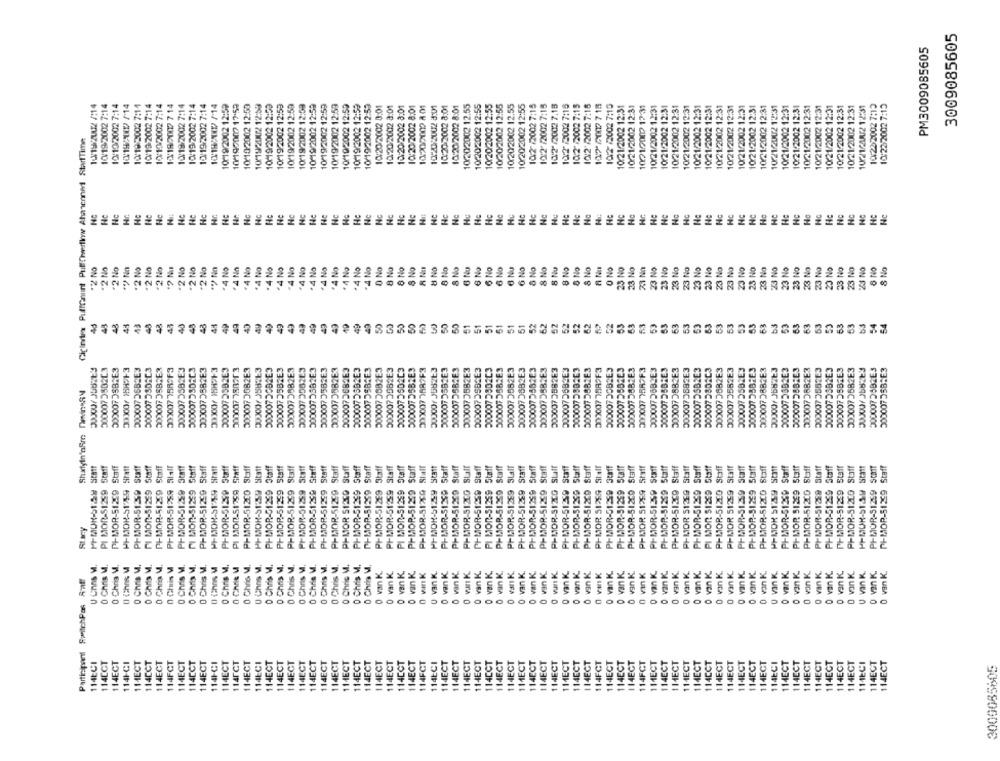
3009085605
PM3009085605
1:15/2002 /14
10/19/2002 7:14
10/10/2002 7:14
10/19/XD /14
10/19/2002 7:11
10/19/2002 7:14
10/10/2002 7:14
12/19/2007 7 14
10/19/2002 7:14
10:19/2002 7:14
15/19/2:002 7:14
10/18/XXD /14
10/19/2002 12:59
10190009 17:59
10/10/2002 12:59
10/19/2002 12:59
10/19/2002 12:59
10/19/2002 12:59
10/19/2002 12:59
10/19/2002 12:59
10-19/2002 12:59
10/19/2002 12:59
10 19/2002 12:59
10/19/2002 12:52
10-19/2002 12:52
10/19/2002 12:59
10:20/2002 0:01
10.20/2:002 3:01
10:20/2002 3:01
10:20/2002 8:01
10:20/2009 A 01
10:2025002 8:01
10:20-2002 8:01
10:20/2002 8:01
10:20/2002 12.55
10/20/2002 12:55
10:20/2002 12:55
10/20/2002 12:55
10.20/2002 12.55
10/20/2002 12:55
10:2 /2002 7:15
10:2 /2002 7:15
10:2"/2002 7.15
10:2 /2002 7:15
10:2 /2002 7:15
10:2 /2002 7:15
10.7-2007 7 18
10:2 /2002 7:15
10:21/2002 12:31
10:21/2002 12:31
10712009 12:31
10:21/2002 12:31
10:21/2002 12:31
10:21/2002 12:31
10:21/2002 12:31
10:21/2002 12:31
10:21:2002 12:31
10:21:2002 12:31
10/21/2002 12:31
10:21/2002 12:31
10:21/2002 12:31
1021-2002 12:31
1021/2002 12:31
10/21/2002 12:31
10:21/2002 12:31
10:21/2002 12:31
10/21/2002 12:31
10:21/2002 12:31
10:21:2002 12:31
10:21:2002 12:31
10:2124AU/212:1
10232002 7:13
10:23/2002 7:15
Cipindex Pufffnunt PullEwertinww Ahnenned StartTime
Hc.
Hc
Hc
Hc
Hc
Hc
Nc
Hc
HG
Hc
Hc
Hc
Hc
Hc
HC
Hc
Hu
Hc
Hu
Hc
Hc
Nc
Hu
Hc
Hc
Hc
Hc
Hc
Hc
Hc
Ho
HC
Hc
Hc
Ho
Hc
Hc
*? No
*2 No
.2 No
** No
.4 No
.4 Nn
.4 No
. 4 No
.4 No
4 No
*4 No
.4 No
23 No
23 No
23 No
23 No
23 No
23 No
23 No
23 No
23 No
.2 No
*2 No
*A No
* A No
+ 4 No
. 4 No
D No
8 No
8 No
& NO
5 No
8 No
6 Nu
6 No
6 No
6 No
6 Nu
6 No
& No
8 No
8 No
8 No
& No
8 Na
O No
25 No
23 No
23 No
23 No
23 No
23 No
23 No
23 No
23 No
23 No
23 No
23 No
23 No
23 NO
& No
8 No
45
49
48
48
44
49
49
40
49
43
49
49
49
49
49
10
49
49
50
50
50
51
51
31
51
61
52
62
52
52
52
62
55
63
53
53
63
53
53
63
53
53
53
63
53
63
53
50
53
53
54
000007350203
3000073SB2E3
3000073682E3
50000735DAC3
2000073SB2E3
3030077587F3
3000073582E3
30000735DAC3
3000073582E3
3000072582E3
3000073082E3
3000072GB2E3
300007 35B2E3
3000073582E3
3000073552E3
3000073682E3
3000073582E3
2000073582E3
0000073682E3
20000736B2E3
3000073582E3
3000073882E3
0000073982E3
20000752C3
30000735B2E3
2000077887F3
300007358213
50000735B2E3
3000073582E3
3000073582E3
30000735B2E3
300007202C3
30000735B2E3
300007 3552E3
2000073682E3
200007558263
3000073582E3
3000073582E3
0000072682E3
3000075SB2E3
3000075882E3
202007 78A9F3
2000073GB2E3
3000072552E3
30000758B2E3
300007 758>F3
3000072682E3
30000735B-E3
3000073882E3
0000073682E3
30000756B2E3
3000073882E3
3000073582E3
30000735B2E3
2000073882E3
300007 368213
3000072582E3
30200735B2E3
2000073682E3
2090973552E3
2000072SB2E3
30000735B2E3
3000073582E3
50000735B1E3
PI-MOR-G1239 Staff
PI-MOR-51259 Staff
PI-MOR-512CO Staff
PI-MOR-512CO Staff
PI-MOR 51259 Staff
PI-MOR-51259 SCOTT
PI MOR-S1259 Staff
PI-MOR-51239 Staff
PI-MOR-S1959 Statt
PI-MOR-51359 Staff
PI MOR-51239 Staff
PI-MOR-51239 Staff
PI-MOR-51259 5141
PI-MOR-51289 3CM !!
PI MOR-51239 Staff
PI-MOR-51259 Staff
PI-MOR-51289 Statt
PI-MOR-51269 Staff
PI MOR-512SO Sheff
PI-MOR-51200 Staff
PF-MOR-51259 Statt
PI-MOP-51259 Staff
PI-MOR-51259 Staff
PI-MOR-51239 Staff
PI-MOR-51299 Staff
PI-MOR-51259 Staff
PI-MOR 513CD Staff
PI-MOR-51299 Staff
PI-MOR-51259 Staff
PI-MOR-51299 Staff
PI-MOR-51259 Staff
PI MOR-51299 Staff
PI-MOP-51269 Staff
PI-MOR-512CA Staff
PI-MOR-51239 Staff
PI-MOR-51269 Staff
PI-MOR-S1200 Staff
PH-MOR-51259 Staff
PI MOR-51259 Staff
PI-MOR-51269 Staff
PHMOR-51299 SLall
PI-MOR-51289 Staff
PI-MOR-51259 Staff
PI-MOR-51259 Staff
PI-MOR-S12CG Staff
PI-MOR-51259 Staff
PI-MOR-51269 Staff
PIMOR 51259 Staff
PI-MOR-51259 3taff
PI-MOR-51259 Staff
PI-MOR-51259 Staff
PI-MOP-51269 Staff
PI-MOR-51269 Staff
PI-MOR 51259 Staff
PI-MOR-51269 Staff
PI MOR $1259 Staff
PI-MOR-512CO Staff
PIMOR 51259 Staff
PH-MOR-SI29 Staff
PI-MOP-51239 Staff
PI-MOR-51200 Staff
PFMOR 51259 Sta !!
PI-MOR-51269 Staff
PI-MOR 51269 Staff
PI-MOR-51200 Staff
PI-MOR-51258 Staff
PI-MOR-51269 Staff
PI-MOR-51259 Staff
PIMOR-S12LO Staff
P+-MOP-51329 Staff
PH-MOK-51259
U Unns V.
0 Chris M.
0 Chris M.
O Ches MI
O Chris M.
0 Chris M.
0 Chris M.
0 Chris M.
0 Chris M.
0 Chris M.
0 Chns M
0 Chris M.
0 Chris M
0 Chris M.
U Chas M.
0 Chris M.
0 Chris M.
0 Chris M.
0 Chris M.
0 Chris M.
0 Chris M.
0 Chris V.
0 Chris M.
0 Chris M.
0 Chris V.
0 van K.
0 van K.
O wrK.
O van K.
O van K.
0 van K.
0 van K.
0 van K.
0 van K.
0 van K.
0 van K.
0 van K.
0 van K.
O van K.
0 vin K.
0 van K.
0 van K.
0 vin K.
O van K.
0 van K.
0 vek
O van K.
0 vin K
0 vanK.
O van K.
0 van K.
0 van K.
Participant SwitchPos Ant
0
00
114ECI
114CGT
114ECT
114H-CI
1 MECT
114CCT
114ECT
114FCT
114ECT
114CCT
114ECT
114F-CI
114ECT
114PCT
1 HECT
114ECI
114ECT
114ECT
114ECT
114ECT
114ECT
114ECT
114ECT
1 MECT
114ECT
114ECT
114ECT
114ECT
114CCT
114ECT
114FCT
114ECI
114ECT
114ECT
114ECT
114ECT
114CCT
114ECT
114ECT
11ECT
114ECT
114ECT
114ECT
1M1ECT
114ECT
14ECT
114FCT
114ECT
114ECT
114ECT
114FCT
11ECT
114ECT
1 HECT
11ECT
1 MECT
114CCT
114ECT
114ECT
114ECT
114ECT
114ECT
114ECI
114ECT
114ECT
114ECT
114ECT
114ECT
114ECT
114ECT
1MECI
114ECT
114ECT
3009085805